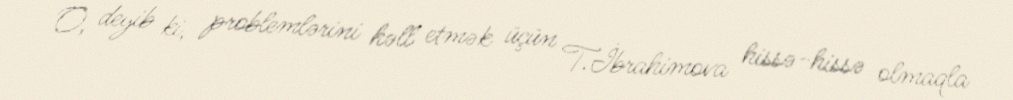
O, deyib ki, problemlərini həll etmək üçün T.İbrahimova hissə-hissə olmaqla